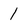
Character: 1